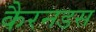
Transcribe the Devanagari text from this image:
कैरनडस